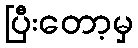
ပြီးတော့မှ